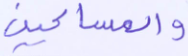
والمساكين